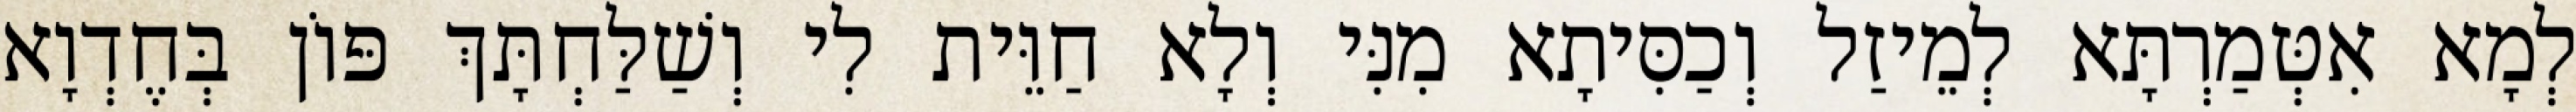
לְמָא אִטְּמַרְתָּא לְמֵיזַל וְכַסִּיתָא מִנִּי וְלָא חַוֵּית לִי וְשַׁלַּחְתָּךְ פּוֹן בְּחֶדְוָא